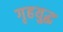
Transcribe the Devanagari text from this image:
गृहयुद्ध